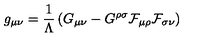
g _ { \mu \nu } = \frac { 1 } { \Lambda } \left( G _ { \mu \nu } - G ^ { \rho \sigma } \cal { F } _ { \mu \rho } \cal { F } _ { \sigma \nu } \right)